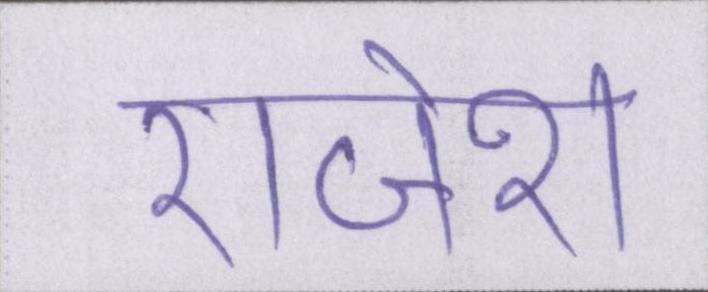
राजेश